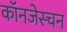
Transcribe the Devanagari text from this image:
कॉनजेस्चन